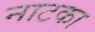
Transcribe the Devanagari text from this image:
नाटका